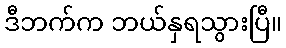
ဒီဘက်က ဘယ်နှရသွားပြီ။